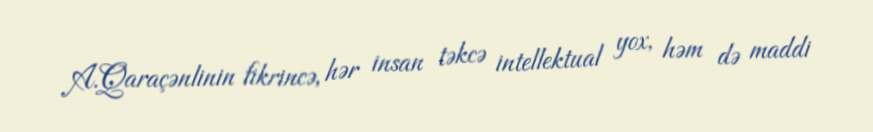
A.Qaraçənlinin fikrincə, hər insan təkcə intellektual yox, həm də maddi